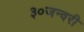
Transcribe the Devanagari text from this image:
३०जन्वरी